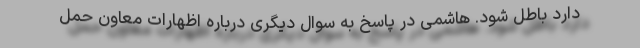
دارد باطل شود. هاشمی در پاسخ به سوال دیگری درباره اظهارات معاون حمل